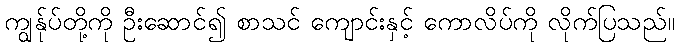
ကျွန်ုပ်တို့ကို ဦးဆောင်၍ စာသင် ကျောင်းနှင့် ကောလိပ်ကို လိုက်ပြသည်။